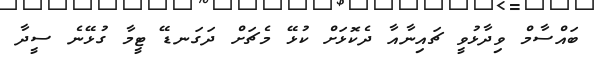
ބައްސާމް ވިދާޅުވީ ޗައިނާއާ ދެކޮޅަށް ކުޅޭ މެޗަށް ދަގަނޑޭ ޓީމާ ގުޅޭނެ ސީދާ